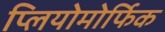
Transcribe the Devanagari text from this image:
प्लियोमोर्फिक